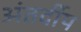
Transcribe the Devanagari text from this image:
अंतर्दीप